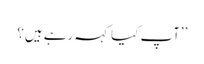
’’آپ کیا کہہ رہے ہیں؟